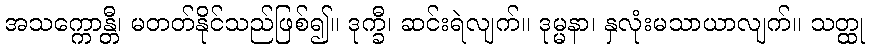
အသက္ကောန္တီ၊ မတတ်နိုင်သည်ဖြစ်၍။ ဒုက္ခီ၊ ဆင်းရဲလျက်။ ဒုမ္မနာ၊ နှလုံးမသာယာလျက်။ သတ္ထု